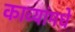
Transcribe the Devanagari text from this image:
काव्यांमधे